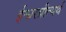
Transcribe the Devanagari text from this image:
ईश्वरप्रीत्यर्थ